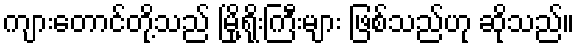
ကျားတောင်တို့သည် မြို့ရိုးကြီးများ ဖြစ်သည်ဟု ဆိုသည်။